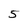
Character: 5